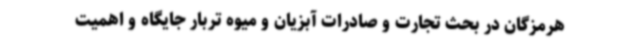
هرمزگان در بحث تجارت و صادرات آبزیان و میوه تربار جایگاه و اهمیت